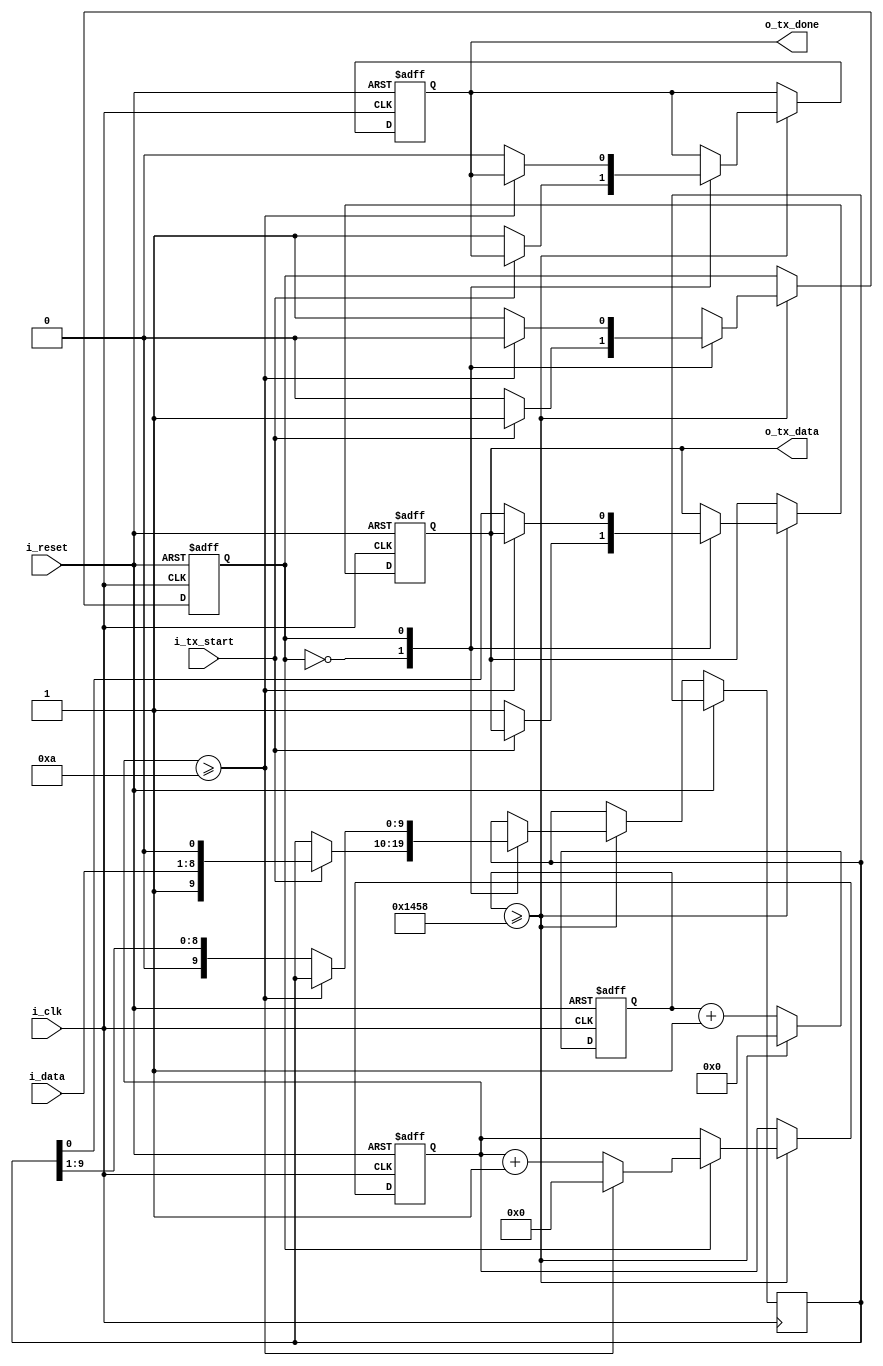
`timescale 1ns / 1ps


module tx
    #(
        parameter       CLK_FR     = 50000000,  
        parameter       BAUD_RATE    = 9600, 
        parameter       DBIT    = 8
    )
    (
        input                                   i_clk, 
        input                                   i_reset, 
        input                                   i_tx_start, //LLegaron datos a i_data
        input           [DBIT-1    :0]          i_data, // Datos a transmitir
        output                                  o_tx_data, // salida de datos desde tx
        output                                  o_tx_done // se pone a 1 para avisar que se termino con el proceso
    );
    
    localparam   IDLE                = 1'b0;
    localparam   SEND                = 1'b1; 
        
    // Parametros locales
    localparam   BIT_COUNTER_SIZE    = $clog2(DBIT+2);
    localparam   DIV_COUNTER         = CLK_FR / BAUD_RATE; //seria nuestro ticks
    localparam   COUNTER_SIZE        = $clog2(DIV_COUNTER+1); //size para contener el el div_counter
    
    //internal variables
    reg         [COUNTER_SIZE-1         :0]       counter; //Count, have to divide the system clock frequency to get a frequency (div_sample) time higher than (baud_rate)  
    reg         [BIT_COUNTER_SIZE-1     :0]       bitcounter, bitcounter_next; //Contador para saber si se enviaron 10 bits
    reg                                           state, state_next;
    reg         [DBIT+1            :0]            shift, shift_next; 
    
    reg                                           tx_data, tx_next_data;
    reg                                           tx_done, tx_done_next;

    assign o_tx_data      = tx_data;
    assign o_tx_done = tx_done;
    
    always @ (posedge i_clk, posedge i_reset) 
    begin 
        if (i_reset) begin
            state           <= IDLE;
            counter         <= 0; 
            bitcounter      <= 0;
            tx_done         <= 1; 
            tx_data         <= 1;
        end
        else begin
            counter <= counter + 1; //Se incrementa para solo entrar cuando sea mayor/igual a div counter, debe esperar ese tiempo
            if (counter >= DIV_COUNTER) begin //Cuenta hasta 10416          
              counter       <=  0;        
              state         <=  state_next;
              shift     <=  shift_next;
              bitcounter    <=  bitcounter_next;
              tx_data       <=  tx_next_data;
              tx_done       <=  tx_done_next;
           end
         end
    end 
       
    always @* 
    begin        
        shift_next    <= shift;
        tx_next_data      <= tx_data;
        bitcounter_next   <= bitcounter;
        tx_done_next      <= tx_done;
        case (state)
            IDLE:
            begin 
                if (i_tx_start) begin // Si es 1, llegaron datos y puedo comenzar
                   state_next           <= SEND;
                   shift_next       <= {1'b1,i_data,1'b0}; //Cargo 8 bits de datos
                end 
                else begin // Si no hay dato espero
                   state_next           <= IDLE;
                   tx_next_data         <= 1; 
                   tx_done_next         <= 1;
                end
            end
            SEND:
            begin  
                if (bitcounter >= 10) begin // Si se transmitieron 10 bits vuelve a IDLE, 8 bits data, bit start y stop
                    state_next          <= IDLE; 
                    bitcounter_next     <= 0;
                end 
                else begin //Si la transmision no completo envia el siguiente bit
                    state_next          <=  SEND; 
                    tx_done_next        <=  0;
                    tx_next_data        <=  shift[0]; 
                    shift_next      <=  shift >> 1; // Mueve el registro en 1 bit
                    bitcounter_next     <=  bitcounter + 1;
                end
            end
            default: 
                state_next <= IDLE;                      
        endcase
    end

endmodule